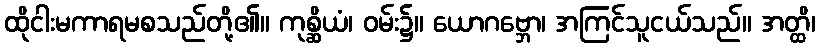
ထိုငါးမကာရမစသည်တို့၏။ ကုစ္ဆိယံ၊ ဝမ်း၌။ ယောဂဗ္ဘော၊ အကြင်သူငယ်သည်။ အတ္ထိ၊